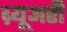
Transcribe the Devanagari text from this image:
ब्र्यूअरी